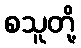
စသူတို့